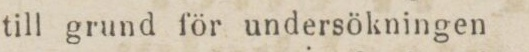
till grund för undersökningen.